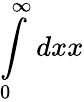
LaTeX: \int\limits_{0}^{\infty}dxx